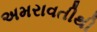
અમરાવતીથી